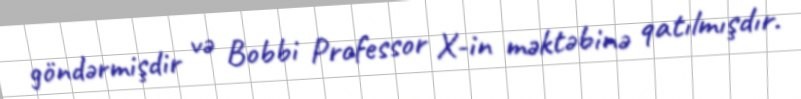
göndərmişdir və Bobbi Professor X-in məktəbinə qatılmışdır.